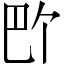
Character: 𪩬